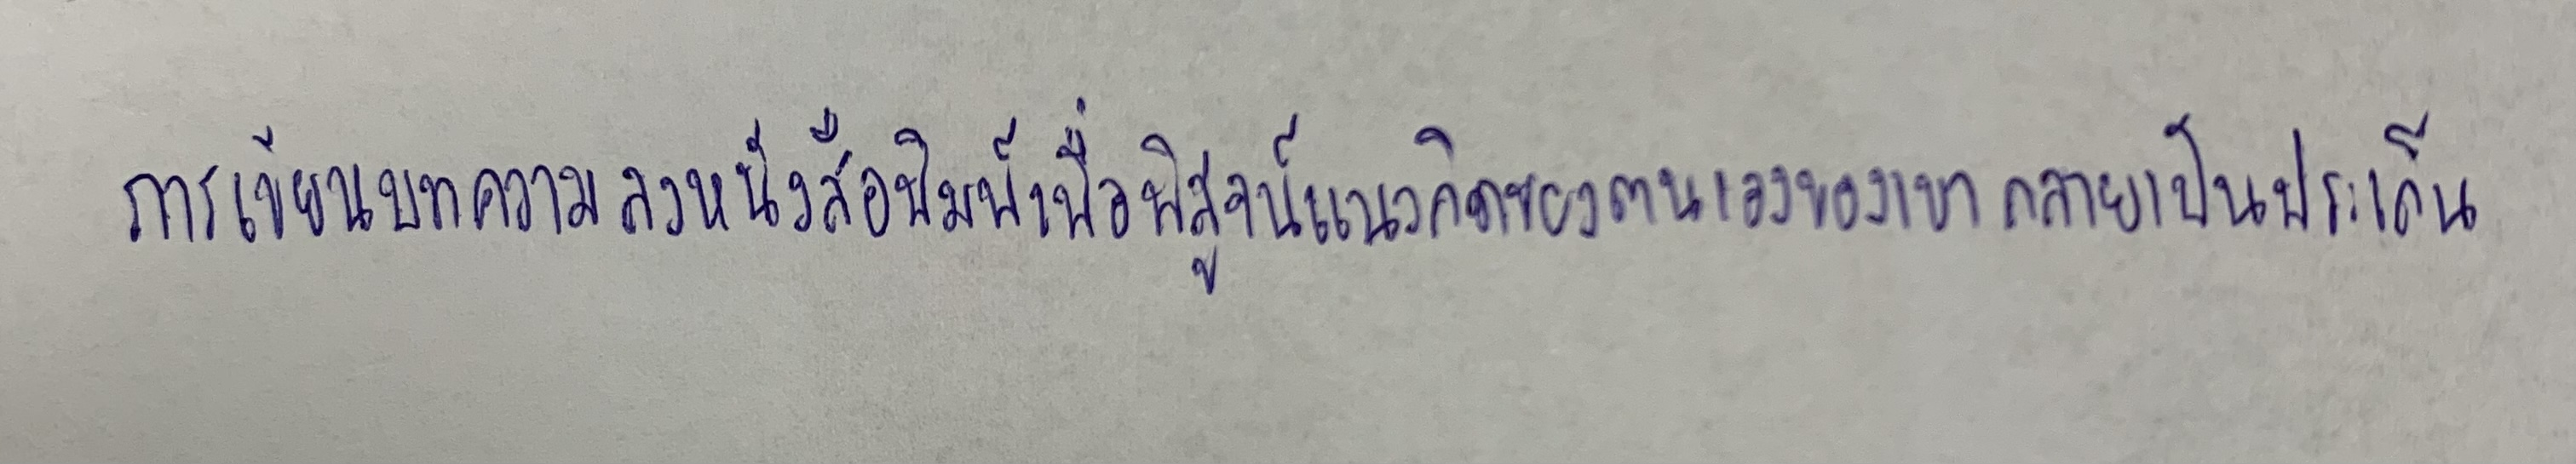
การเขียนบทความลงหนังสือพิมพ์เพื่อพิสูจน์แนวคิดตนเองของเขากลายเป็นประเด็น